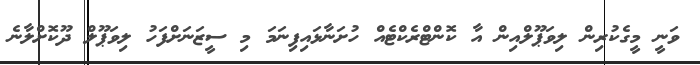
ވަނީ މީގެކުރިން ލިވަޕޫލްއިން އާ ކޮންޓްރެކްޓެއް ހުށަނާޅައިފިނަމަ މި ސީޒަނަށްފަހު ލިވަޕޫލް ދޫކޮށްލާނެ